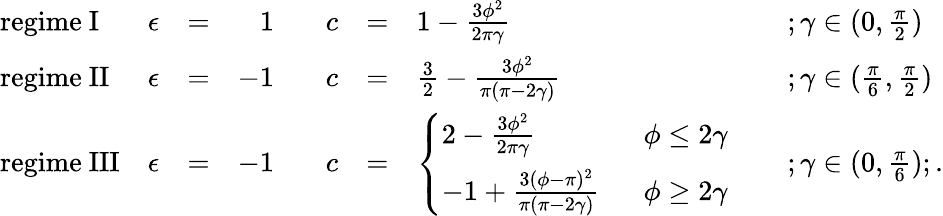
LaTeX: \begin{array}{lllrllll}{{\mathrm{regime~I}}}&{{\epsilon}}&{{=}}&{{1\; \; \; }}&{{c}}&{{=}}&{{1-\frac{3\phi^{2}}{2\pi\gamma}\; \; \; \; }}&{{;\gamma\in(0,\frac{\pi}{2})}}\\ {{\mathrm{regime~II}}}&{{\epsilon}}&{{=}}&{{-1\; \; \; }}&{{c}}&{{=}}&{{\frac{3}{2}-\frac{3\phi^{2}}{\pi(\pi-2\gamma)}\; \; \; \; }}&{{;\gamma\in(\frac{\pi}{6},\frac{\pi}{2})}}\\ {{\mathrm{regime~III}}}&{{\epsilon}}&{{=}}&{{-1\; \; \; }}&{{c}}&{{=}}&{{\left\{ \begin{array}{ll}{{2-\frac{3\phi^{2}}{2\pi\gamma}}}&{{\; \; \phi\leq 2\gamma}}\\ {{-1+\frac{3(\phi-\pi)^{2}}{\pi(\pi-2\gamma)}}}&{{\; \; \phi\geq 2\gamma}}\end{array}\right.\; \; \; \; }}&{{;\gamma\in(0,\frac{\pi}{6});.}}\end{array}